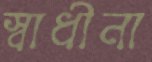
স্বাধীনা